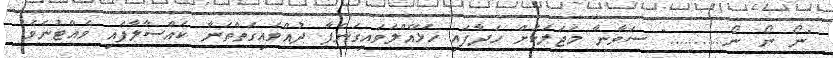
"ނޯ ނޯ ނޯ..........." ސަވާނާ މަޖަލަކަށް ހަދާފައި ހަޅޭއްލަވައިގަނެފާ ދުއްވައިގަތްތަނާ ކައްސާލާފައި ވެއްޓުނެވެ.